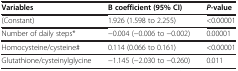
<table><thead><tr><td><b>Variables</b></td><td><b>B coefficient (95% CI)</b></td><td><b><i>P</i>-value</b></td></tr></thead><tbody><tr><td>(Constant)</td><td>1.926 (1.598 to 2.255)</td><td>&lt;0.00001</td></tr><tr><td>Number of daily steps*</td><td>−0.004 (−0.006 to −0.002)</td><td>0.00001</td></tr><tr><td>Homocysteine/cysteine#</td><td>0.114 (0.066 to 0.161)</td><td>&lt;0.00001</td></tr><tr><td>Glutathione/cysteinylglycine</td><td>−1.145 (−2.030 to −0.260)</td><td>0.011</td></tr></tbody></table>